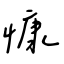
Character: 慷